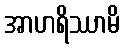
အာဟရိဿာမိ